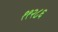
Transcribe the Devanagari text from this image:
११२८६